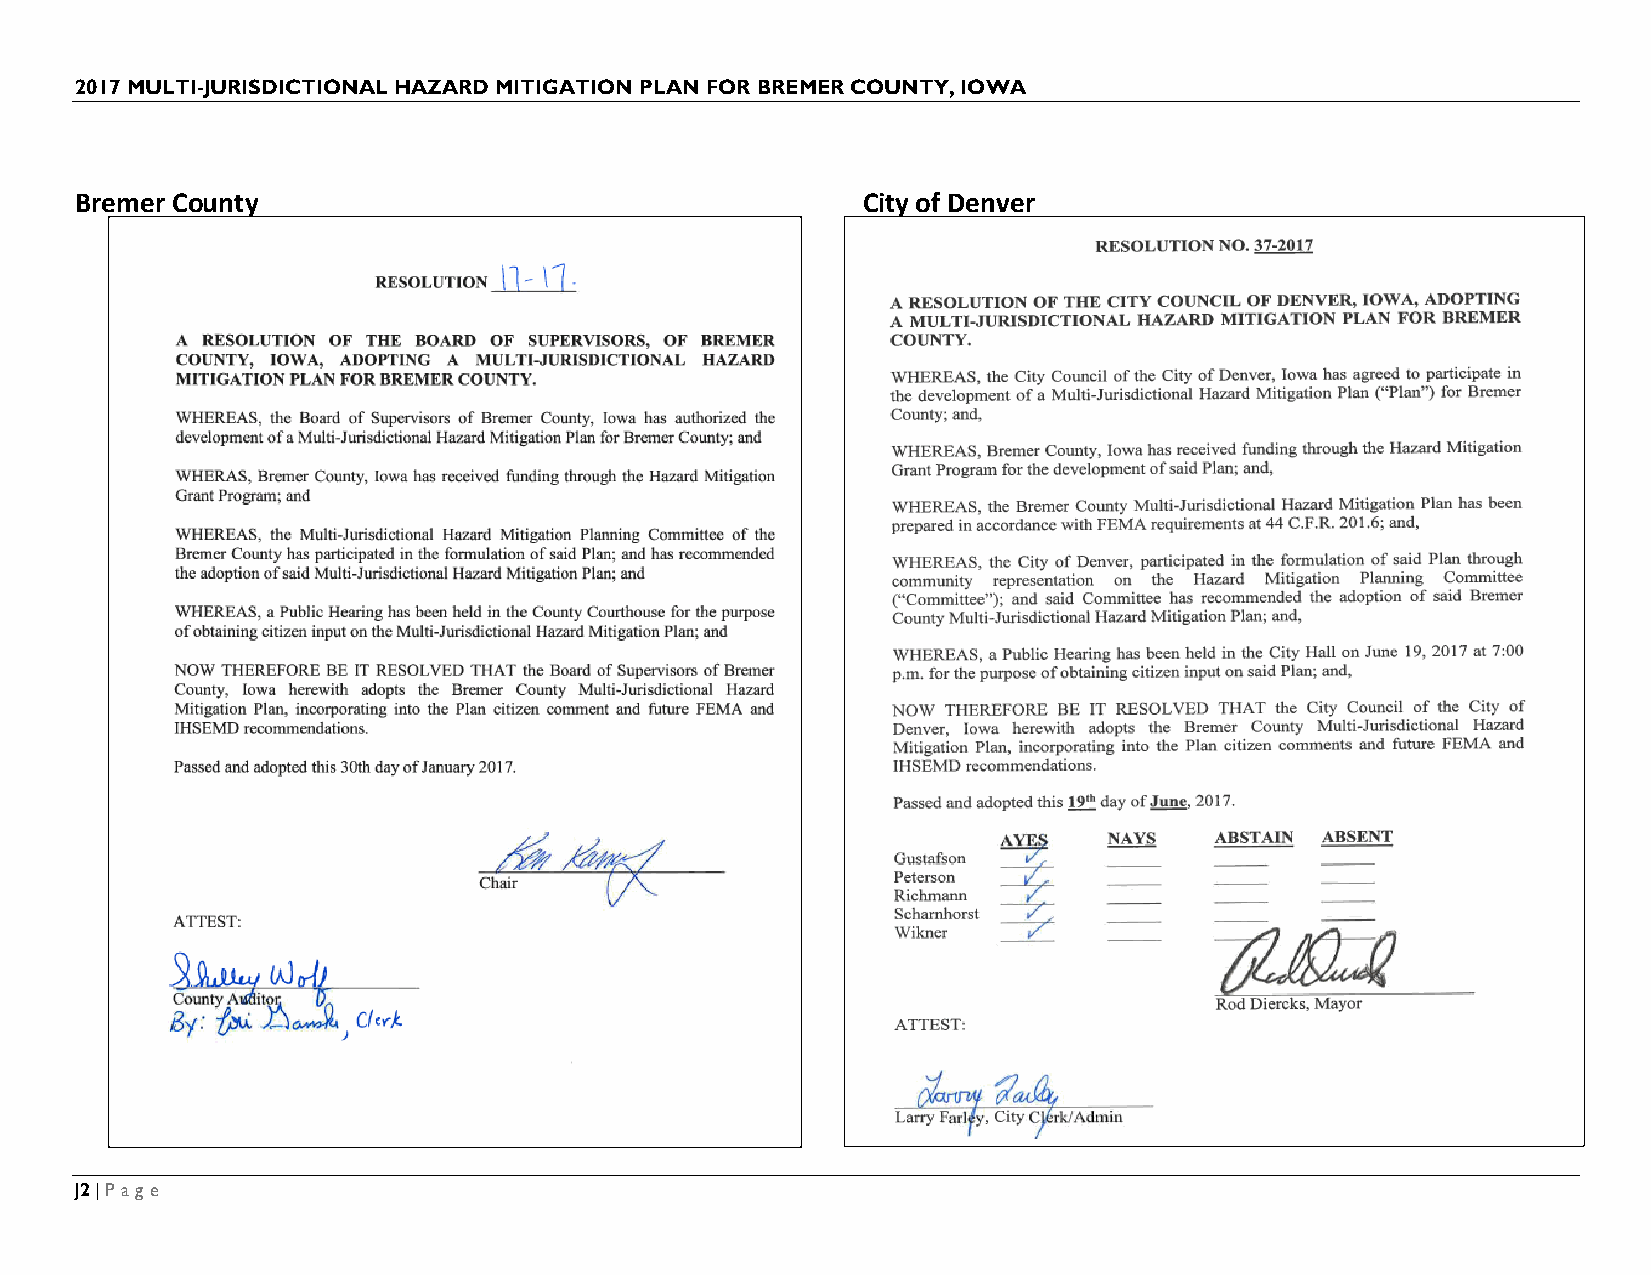
2017 MULTI-JURISDICTIONAL HAZARD MITIGATION PLAN FOR BREMER COUNTY, IOWA
 Bremer County                                       City of Denver
 J2 | Page